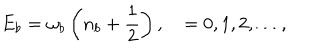
E _ { b } = \omega _ { b } \left( n _ { b } + \frac { 1 } { 2 } \right) , \quad = 0 , 1 , 2 , \ldots ,